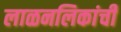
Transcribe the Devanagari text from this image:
लाळनलिकांची